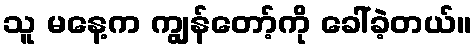
သူ မနေ့က ကျွန်တော့်ကို ခေါ်ခဲ့တယ်။